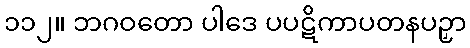
၁၁၂။ ဘဂဝတော ပါဒေ ပပဋိကာပတနပဉှာ